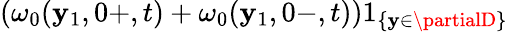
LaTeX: (\omega_{0}(\mathbf{y}_{1},0+,t)+\omega_{0}(\mathbf{y}_{1},0-,t))1_{\{ \mathbf{y}\in\partialD\} }